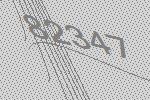
82347